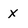
Character: x